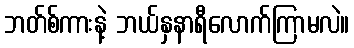
ဘတ်စ်ကားနဲ့ ဘယ်နှနာရီလောက်ကြာမလဲ။